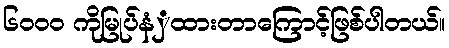
၆၀၀၀ ကိုမြုပ်နံှထားတာကြောင့်ဖြစ်ပါတယ်။